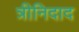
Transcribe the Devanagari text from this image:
त्रीनिदाद